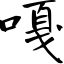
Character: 嘎